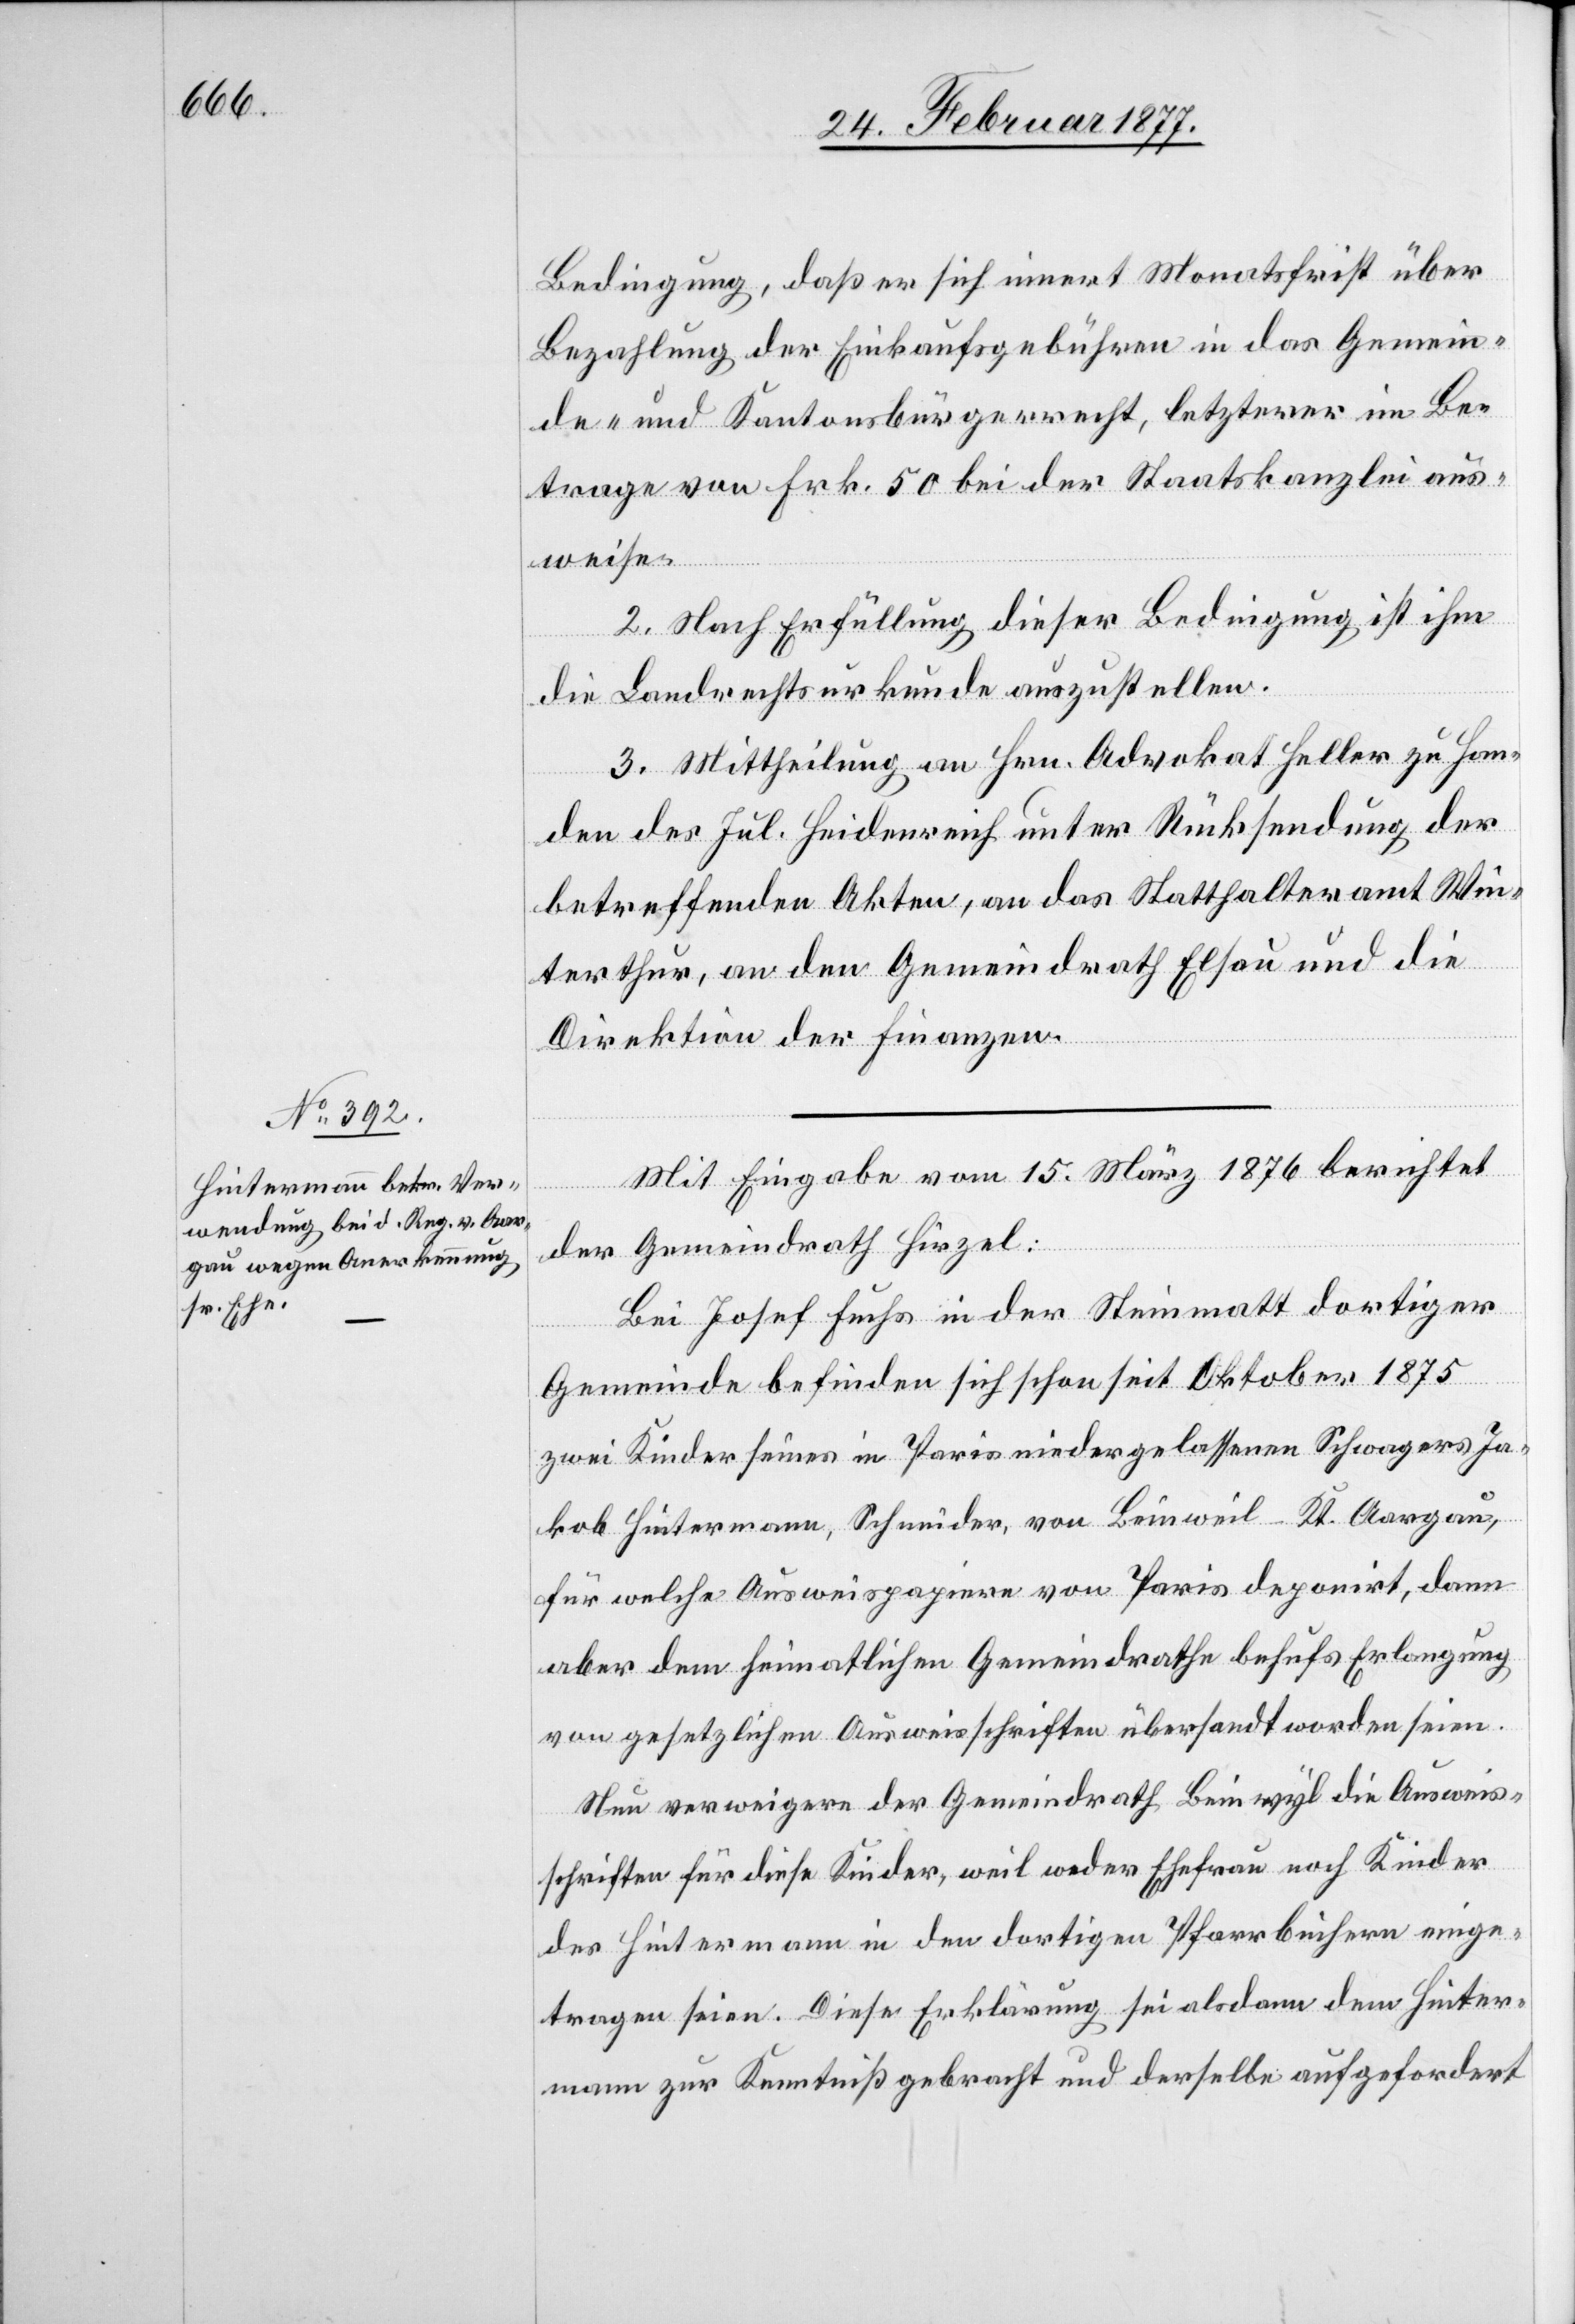
Bedingung, daß er sich innert Monatsfrist über
Bezahlung der Einkaufsgebühren in das Gemein¬
de- und Kantonsbürgerrecht, letzterer im Be¬
trage von Frk. 50 bei der Staatskanzlei aus¬
weise.
2. Nach Erfüllung dieser Bedingung ist ihm
die Landrechtsurkunde auszustellen.
Mittheilung an Hrn. Advokat Heller zu Han¬
den des Jul. Heidenreich unter Rücksendung der
betreffenden Akten, an das Statthalteramt Win¬
terthur, an den Gemeindrath Elsau und an die
2.
Direktion der Finanzen.
Mit Eingabe vom 15. März 1876 berichtet
der Gemeindrath Hirzel:
Bei Josef Fuchs in der Steinmatt dortiger
Gemeinde befinden sich seit Oktober 1875
zwei Kinder seines in Paris niedergelassenen Schwagers Ja¬
kob Hintermann, Schneider, von Beinweil - Kt. Aargau,
für welche Ausweispapiere von Paris deponirt, dann
aber dem heimatlichen Gemeindrathe behufs Erlangung
von gesetzlichen Ausweisschriften übersandt worden seien.
Nun verweigere der Gemeindrath Beinwyl [sic!] die Ausweis¬
schriften für diese Kinder, weil weder Ehefrau noch Kinder
des Hintermann in den dortigen Pfarrbüchern einge¬
tragen seien. Diese Erklärung sei alsdann dem Hinter¬
mann zur Kenntniß gebracht und derselbe aufgefordert